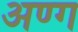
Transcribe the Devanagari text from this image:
अण्ग